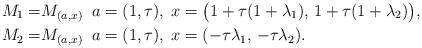
LaTeX: \begin{align*}M_1 = & M_{(a, x)} \; \; a=(1,\tau), \; x=\bigl(1+\tau(1+\lambda_1), \, 1+\tau(1+\lambda_2)\bigr), \\M_2 = & M_{(a, x)} \; \; a=(1,\tau), \; x=(-\tau\lambda_1, \,-\tau\lambda_2).\end{align*}